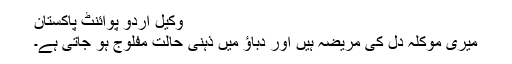
وکیل اُردو پوائنٹ پاکستان
میری موکلہ دل کی مریضہ ہیں اور دباؤ میں ذہنی حالت مفلوج ہو جاتی ہے۔